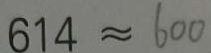
6 1 4 \approx 6 0 0